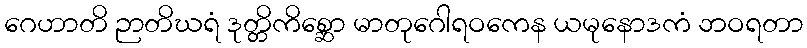
ဂေဟာတိ ဉာတိဃရံ ဒုတ္တိကိစ္ဆော မာတုဂေါရဝကေန ယမုနောဒကံ ဘဝရတာ